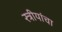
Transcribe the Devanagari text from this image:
स्त्रीयांचा